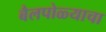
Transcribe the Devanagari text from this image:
बैलपोळ्याचा